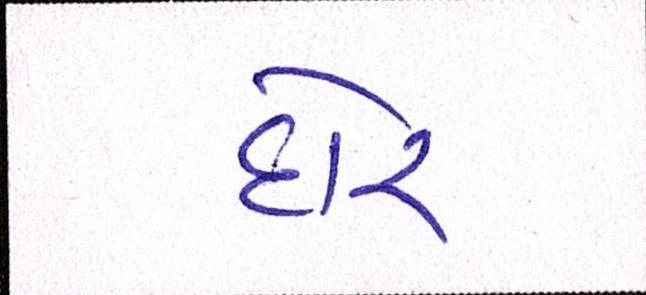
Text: દોર